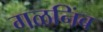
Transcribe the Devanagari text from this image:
गळनिंब